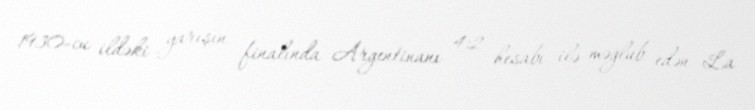
1930-cu ildəki yarışın finalında Argentinanı 4:2 hesabı ilə məğlub edən La